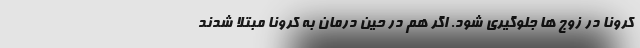
کرونا در زوج ها جلوگیری شود. اگر هم در حین درمان به کرونا مبتلا شدند